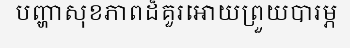
បញ្ហាសុខភាពដ៏គួរអោយព្រួយបារម្ភ